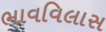
ભાવવિલાસ